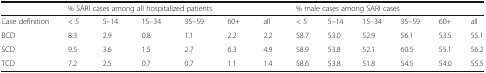
<table><thead><tr><td></td><td colspan="6"><b>% SARI cases among all hospitalized patients</b></td><td colspan="6"><b>% male cases among SARI cases</b></td></tr></thead><tbody><tr><td>Case definition</td><td>&lt; 5</td><td>5–14</td><td>15–34</td><td>35–59</td><td>60+</td><td>all</td><td>&lt; 5</td><td>5–14</td><td>15–34</td><td>35–59</td><td>60+</td><td>all</td></tr><tr><td>BCD</td><td>8.3</td><td>2.9</td><td>0.8</td><td>1.1</td><td>2.2</td><td>2.2</td><td>58.7</td><td>53.0</td><td>52.9</td><td>56.1</td><td>53.5</td><td>55.1</td></tr><tr><td>SCD</td><td>9.5</td><td>3.6</td><td>1.5</td><td>2.7</td><td>6.3</td><td>4.9</td><td>58.9</td><td>53.8</td><td>52.1</td><td>60.5</td><td>55.1</td><td>56.2</td></tr><tr><td>TCD</td><td>7.2</td><td>2.5</td><td>0.7</td><td>0.7</td><td>1.1</td><td>1.4</td><td>58.6</td><td>53.8</td><td>51.8</td><td>54.5</td><td>54.0</td><td>55.5</td></tr></tbody></table>